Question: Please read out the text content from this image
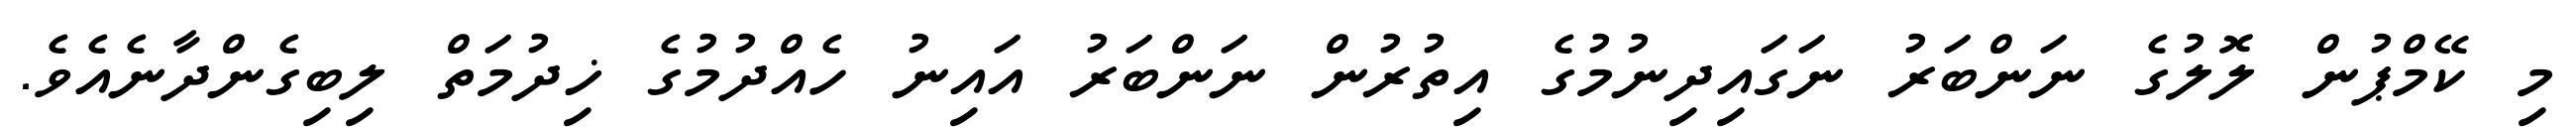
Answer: މި ކޭމްޕުން ލޮލުގެ ނަންބަރު ނަގައިދިނުމުގެ އިތުރުން ނަންބަރު އައިނު ހެއްދުމުގެ ޚިދުމަތް ލިބިގެންދާނެއެވެ.